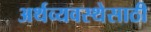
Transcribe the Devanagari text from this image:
अर्थव्यवस्थेसाठी